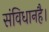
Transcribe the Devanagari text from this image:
संविधानहै।